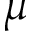
\mu